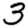
Digit: 3